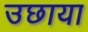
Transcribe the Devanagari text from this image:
उछाया